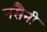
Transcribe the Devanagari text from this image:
नसैनी